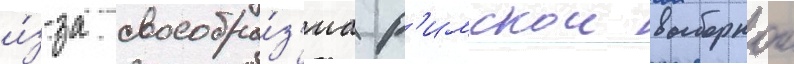
и́з-за своеобра́з'иа р'имскои выборнои